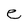
Character: e